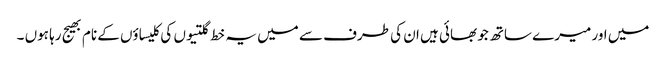
میں اور میرے ساتھ جو بھائی ہیں ان کی طرف سے میں یہ خط گلتیوں کی کلیساؤں کے نام بھیج رہا ہوں ۔